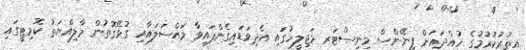
އިތުރުކުރުމުގެ ހުއްދައަށް ފިނޭންސް މިނިސްޓަރ މަޖިލީހުގައި އެދިވަޑައިގެންފައިވާ މައްސަލައާއި ގުޅޭގޮތުން މާލިއްޔަތު ކޮމިޓީގައި